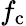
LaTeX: f_{\mathrm{c}}